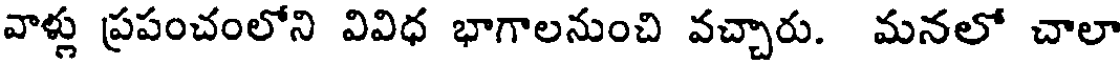
వాళ్లు ప్రపంచంలోని వివిధ భాగాలనుంచి వచ్చారు. మనలో చాలా